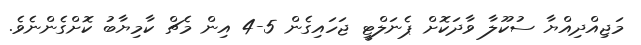
މަޖިއްދިއްޔާ ސުކޫލާ ވާދަކޮށް ޕެނަލްޓީ ޖަހައިގެން 5-4 އިން މެޗް ކާމިޔާބު ކޮށްގެންނެވެ.